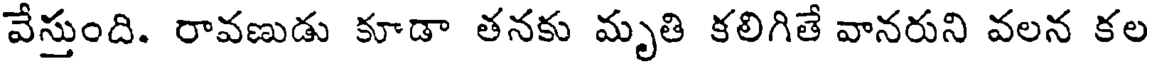
వేస్తుంది. రావణుడు కూడా తనకు మృతి కలిగితే వానరుని వలన కల